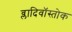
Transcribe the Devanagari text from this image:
व्लादिवॉस्तोक